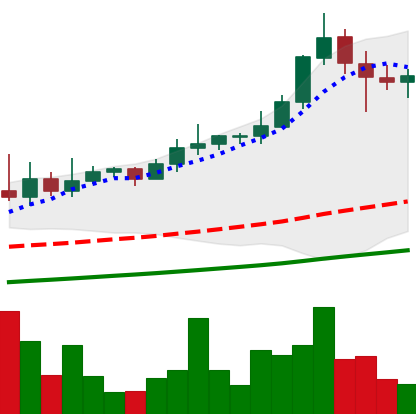
Ticker: XLM-USD
Chart end date: 2021-02-17
Forward return: -6.045%
Label: down_5_7